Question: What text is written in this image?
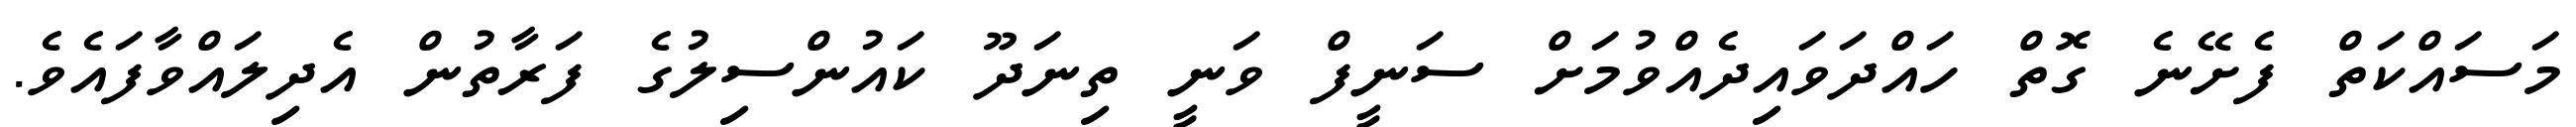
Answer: މަސައްކަތް ފެށޭނެ ގޮތް ހައްދަވައިދެއްވުމަށް ސަނީފް ވަނީ ތިނަދޫ ކައުންސިލުގެ ފަރާތުން އެދިލައްވާފައެވެ.